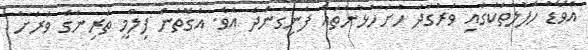
އެވޯޑް ހަފުލާތަކުގައި ވަރުގަދަ ހުށަހެޅުންތައް ފެނިގެންދެ އެވެ. އެގޮތުން ފިލްމީ ތަރިންގެ ވަރަށް